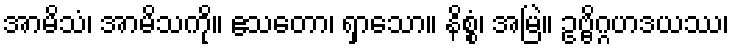
အာမိသံ၊ အာမိသကို။ ဧသတော၊ ရှာသော။ နိစ္စံ၊ အမြဲ။ ဥဗ္ဗိဂ္ဂဟဒယဿ၊